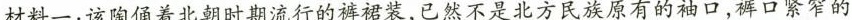
材料一：该陶俑着北朝时期流行的裤裙装，已然不是北方民族原有的袖口，裤口紧窄的